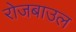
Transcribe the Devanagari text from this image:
रोजबाउल